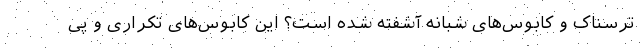
ترسناک و کابوس‌های شبانه آشفته شده است؟ این کابوس‌های تکراری و پی